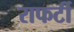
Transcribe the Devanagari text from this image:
राफर्टी